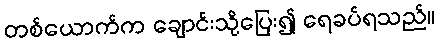
တစ်ယောက်က ချောင်းသို့ပြေး၍ ရေခပ်ရသည်။